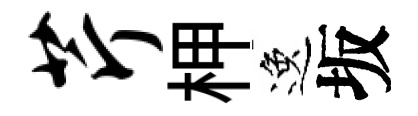
芹柙逸坂